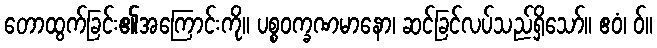
တောထွက်ခြင်း၏အကြောင်းကို။ ပစ္စဝက္ခဏမာနော၊ ဆင်ခြင်လပ်သည်ရှိသော်။ ဧဝံ၊ ဝ်။